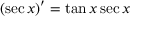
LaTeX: ( \sec x ) ^ { \prime } = \tan x \sec x